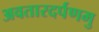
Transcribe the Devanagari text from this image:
अवतारदर्पणमु